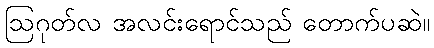
ဩဂုတ်လ အလင်းရောင်သည် တောက်ပဆဲ။